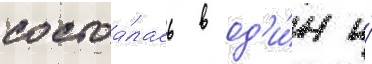
состоа́лась в од'и́н и́